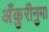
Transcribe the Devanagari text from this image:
अँकुरीनुमा